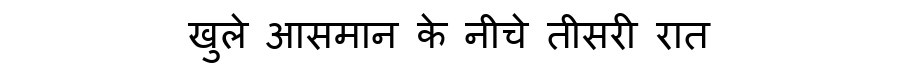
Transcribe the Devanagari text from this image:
खुले आसमान के नीचे तीसरी रात